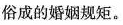
俗成的婚姻规矩。